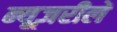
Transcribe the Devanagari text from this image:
न्यूज़रीलें